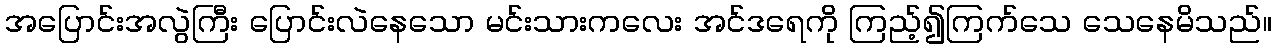
အပြောင်းအလွဲကြီး ပြောင်းလဲနေသော မင်းသားကလေး အင်ဒရေကို ကြည့်၍ကြက်သေ သေနေမိသည်။